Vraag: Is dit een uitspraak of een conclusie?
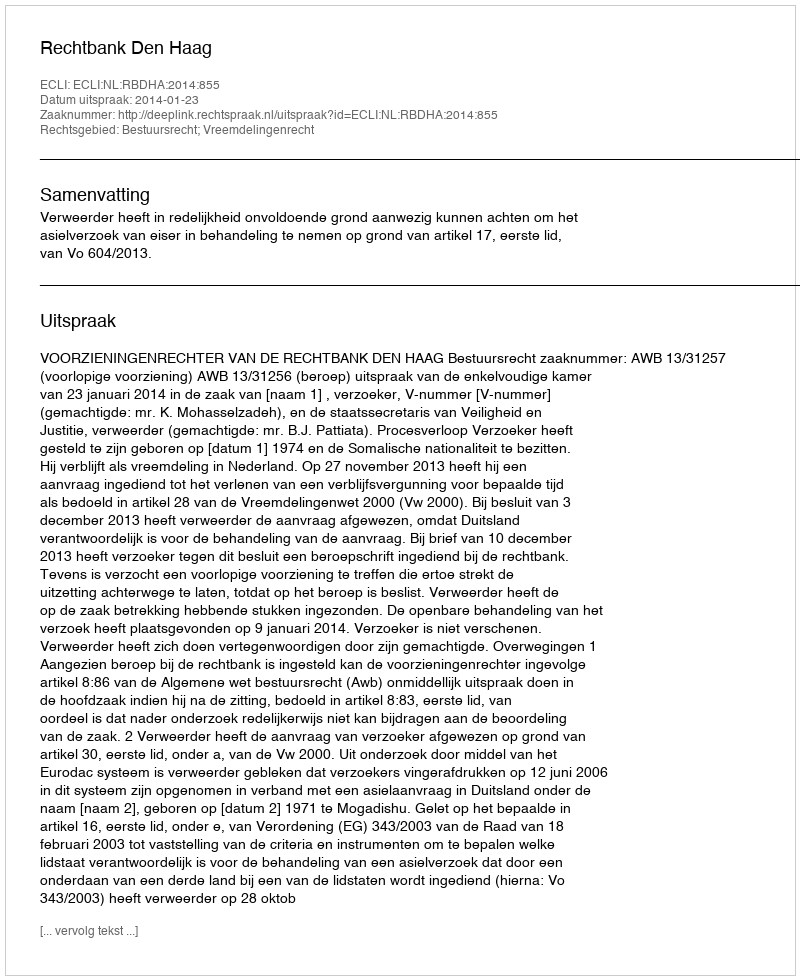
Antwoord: Uitspraak